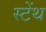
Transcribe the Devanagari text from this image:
स्‍टेंथ